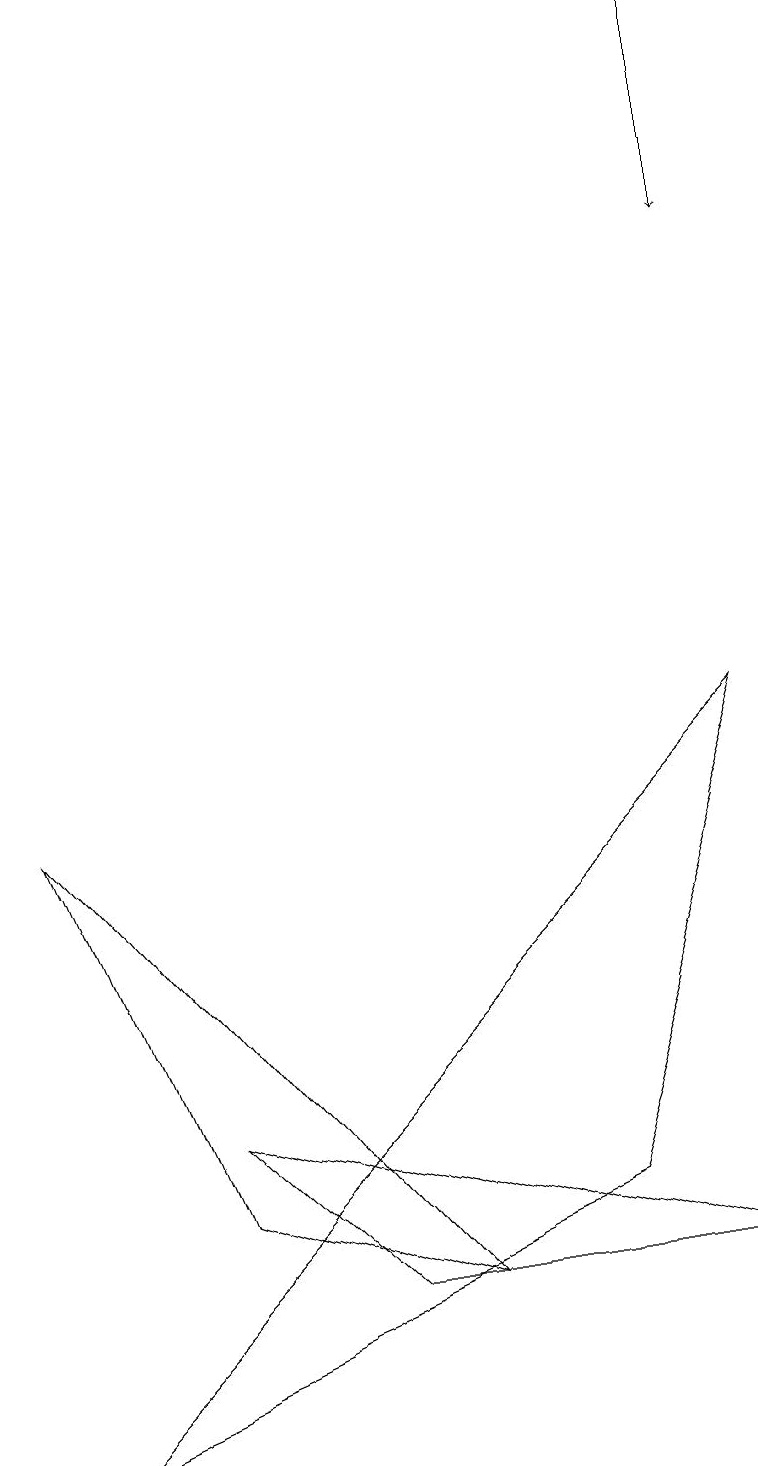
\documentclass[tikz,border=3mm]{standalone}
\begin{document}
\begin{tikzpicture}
\draw (5,2) -- (2,3) -- (0,8) -- cycle;
\draw (2,4) -- (4,2) -- (9,2) -- cycle;
\draw (7,3) -- (9,9) -- (0,0) -- cycle;
\draw[->] (9,18) -- (9,15);
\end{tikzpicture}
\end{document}